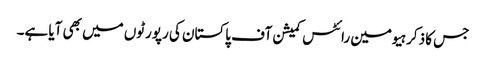
جس کا ذکر ہیومین رائٹس کمیشن آف پاکستان کی رپورٹوں میں بھی آیا ہے۔